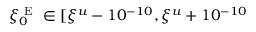
\xi _ { 0 } ^ { \mathrm { ~ E ~ } } \in [ \xi ^ { u } - 1 0 ^ { - 1 0 } , \xi ^ { u } + 1 0 ^ { - 1 0 }